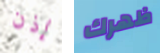
إذن ظهرك